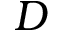
D